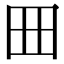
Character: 㘟